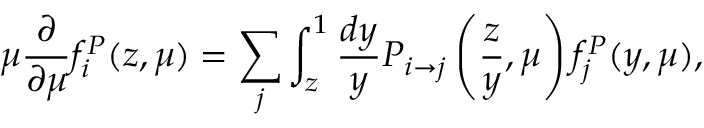
\mu \frac { \partial } { \partial \mu } f _ { i } ^ { P } ( z , \mu ) = \sum _ { j } \int _ { z } ^ { 1 } \frac { d y } { y } P _ { i \rightarrow j } \left( \frac { z } { y } , \mu \right) f _ { j } ^ { P } ( y , \mu ) ,